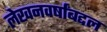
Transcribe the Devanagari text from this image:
लेखनवर्षांबद्दल